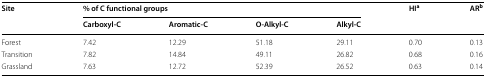
| <ROWSPAN=2> Site | <COLSPAN=4> % of C functional groups | <ROWSPAN=2> HIa | <ROWSPAN=2> ARb |
 | Carboxyl-C | Aromatic-C | O-Alkyl-C | Alkyl-C |
 | --- | --- | --- | --- | --- | --- | --- |
 | Forest | 7.42 | 12.29 | 51.18 | 29.11 | 0.70 | 0.13 |
 | Transition | 7.82 | 14.84 | 49.11 | 26.82 | 0.68 | 0.16 |
 | Grassland | 7.63 | 12.72 | 52.39 | 26.52 | 0.63 | 0.14 |